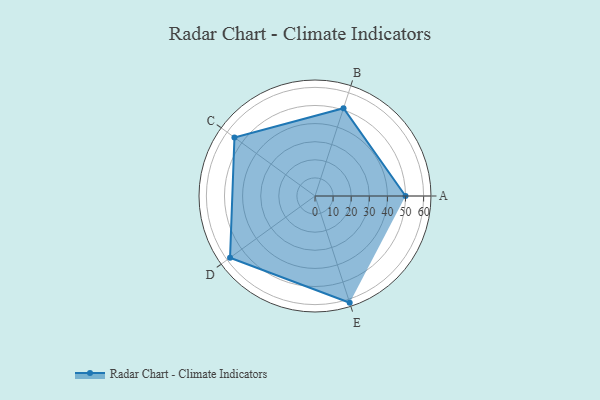
{"axis": {"x": "Skill", "y": "Score"}, "legend": ["Profile"], "data": [{"x": "A", "y": 50.0, "type": "Profile"}, {"x": "B", "y": 51.0, "type": "Profile"}, {"x": "C", "y": 55.0, "type": "Profile"}, {"x": "D", "y": 58.0, "type": "Profile"}, {"x": "E", "y": 62.0, "type": "Profile"}]}